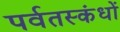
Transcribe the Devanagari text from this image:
पर्वतस्कंधों